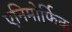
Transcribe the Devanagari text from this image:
एनिमोर्फिक